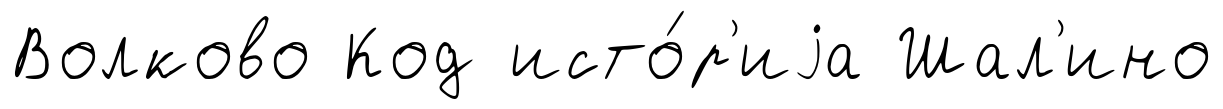
Волково Код исто́р'иjа Шал'ино